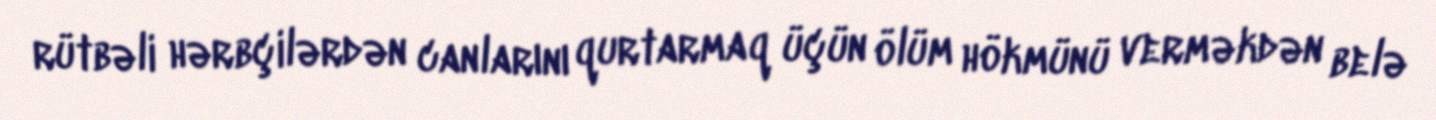
rütbəli hərbçilərdən canlarını qurtarmaq üçün ölüm hökmünü verməkdən belə